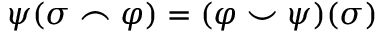
\psi ( \sigma \frown \varphi ) = ( \varphi \smile \psi ) ( \sigma )